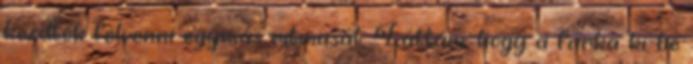
kezdték felvenni egymás ritmusát. Láttam, hogy a farka ki-be